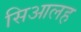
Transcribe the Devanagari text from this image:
सिआलह